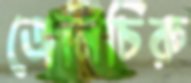
জেনিচিরু